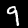
Label: 9